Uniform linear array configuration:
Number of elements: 48
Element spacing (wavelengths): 0.75
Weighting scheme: cosine
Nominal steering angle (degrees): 45
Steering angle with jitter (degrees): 46.794
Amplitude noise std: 0.05
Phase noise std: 0.05

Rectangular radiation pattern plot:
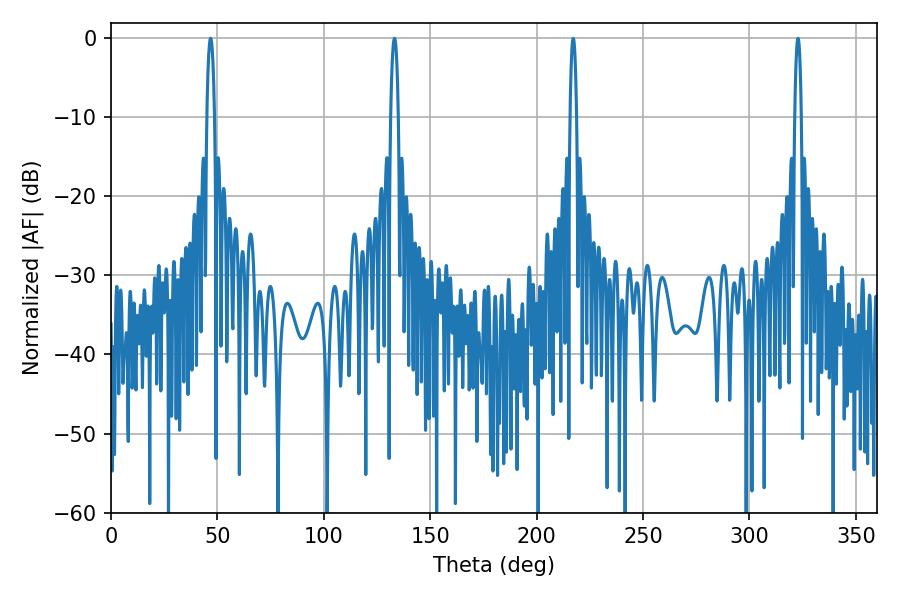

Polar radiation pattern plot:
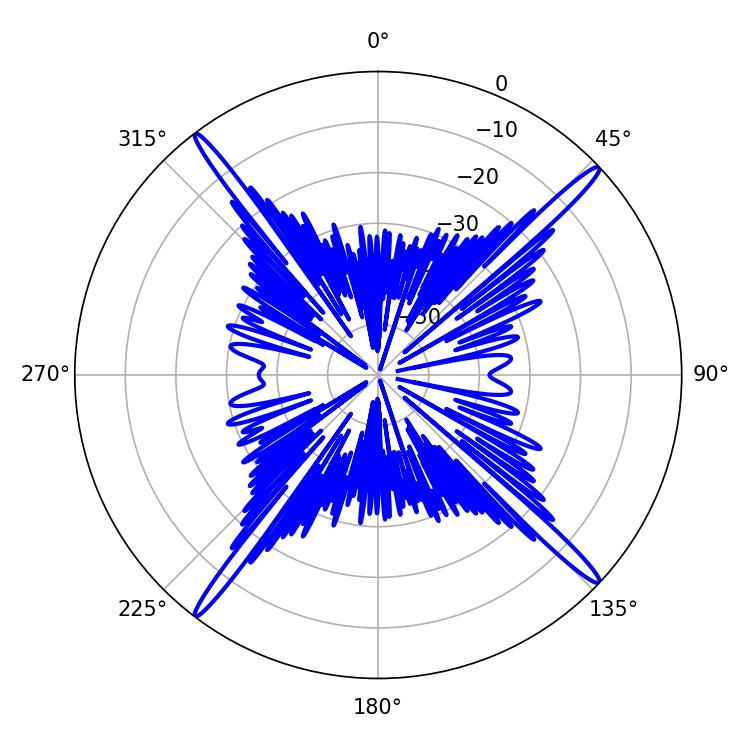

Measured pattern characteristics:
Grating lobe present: TRUE
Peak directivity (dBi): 20.718
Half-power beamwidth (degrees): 1.8
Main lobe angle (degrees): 133.2